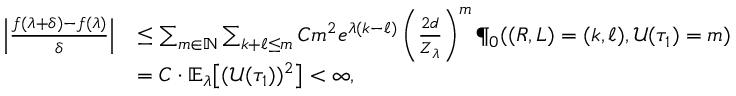
\begin{array} { r l } { \left| \frac { f ( \lambda + \delta ) - f ( \lambda ) } { \delta } \right| } & { \leq \sum _ { m \in \mathbb { N } } \sum _ { k + \ell \leq m } C m ^ { 2 } e ^ { \lambda ( k - \ell ) } \left( \frac { 2 d } { Z _ { \lambda } } \right) ^ { m } \P _ { 0 } ( ( R , L ) = ( k , \ell ) , \mathcal { U } ( \tau _ { 1 } ) = m ) } \\ & { = C \cdot \mathbb { E } _ { \lambda } \! \left[ ( \mathcal { U } ( \tau _ { 1 } ) ) ^ { 2 } \right] < \infty , } \end{array}